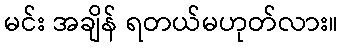
မင်း အချိန် ရတယ်မဟုတ်လား။